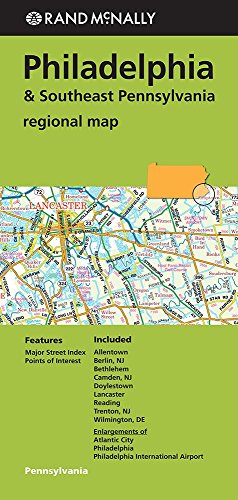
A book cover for Rand Mcnally Regional Map Philadelphia & Southeast Pennsylvania; Travel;